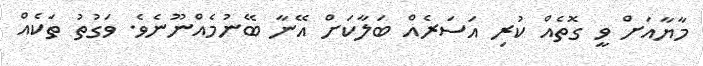
މާޔާއަށް ވީ ގޮތެއް ކުރި އަސަރެއް ބަލާކަށް އޭނާ ބޭނުމެއްނޫނެވެ. ވަގުތު ތަކެއް